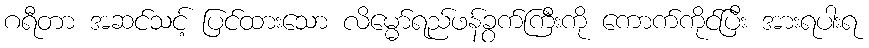
ဂရီတာ အဆင်သင့် ပြင်ထားသော လိမ္မော်ရည်ဖန်ခွက်ကြီးကို ကောက်ကိုင်ပြီး အားရပါးရ